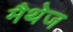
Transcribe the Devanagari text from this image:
मैथेज